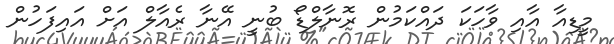
މީޑިއާ އާއި ވާހަކަ ދައްކަމުން ރޮނާލްޑޯ ބުނީ އޭނާ ރެއާލް އަށް އައިފަހުން